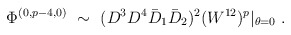
\begin{align*} \Phi^{(0,p-4,0)}~ \sim~ (D^3D^4\bar D_1\bar D_2)^2(W^{12})^p\vert_{\theta=0} \;.\end{align*}